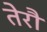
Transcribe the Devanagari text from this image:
तेरौ